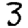
Digit: 3